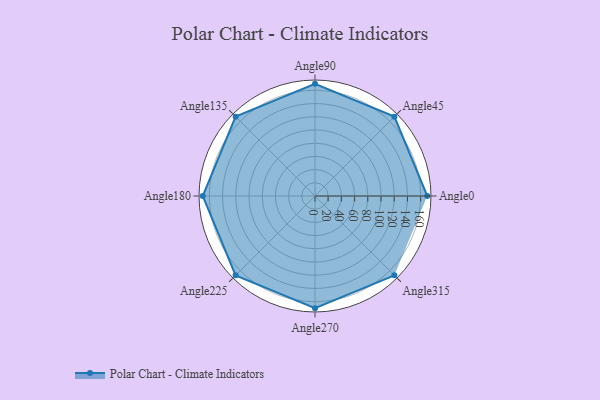
{"axis": {"x": "Angle", "y": "Radius"}, "legend": [""], "data": [{"x": "Angle0", "y": 170, "type": ""}, {"x": "Angle45", "y": 170, "type": ""}, {"x": "Angle90", "y": 170, "type": ""}, {"x": "Angle135", "y": 170, "type": ""}, {"x": "Angle180", "y": 170, "type": ""}, {"x": "Angle225", "y": 170, "type": ""}, {"x": "Angle270", "y": 170, "type": ""}, {"x": "Angle315", "y": 170, "type": ""}]}